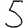
Digit: 5